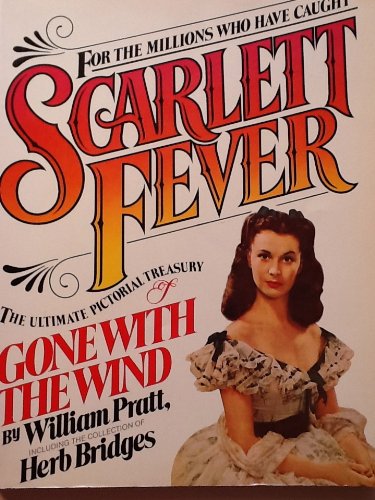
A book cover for Scarlett Fever: The Ultimate Pictorial Treasury of Gone With the Wind : Featuring the Collection of Herb Bridges; William Pratt; Humor & Entertainment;